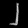
Digit: ၂